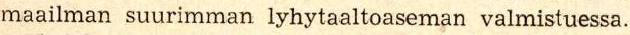
maailman suurimman lyhytaaltoaseman valmistuessa.